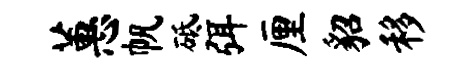
蕙帆砥弭厘貂移